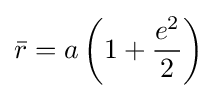
{\bar {r}}=a\left(1+{\frac {e^{2}}{2}}\right)